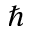
\hbar